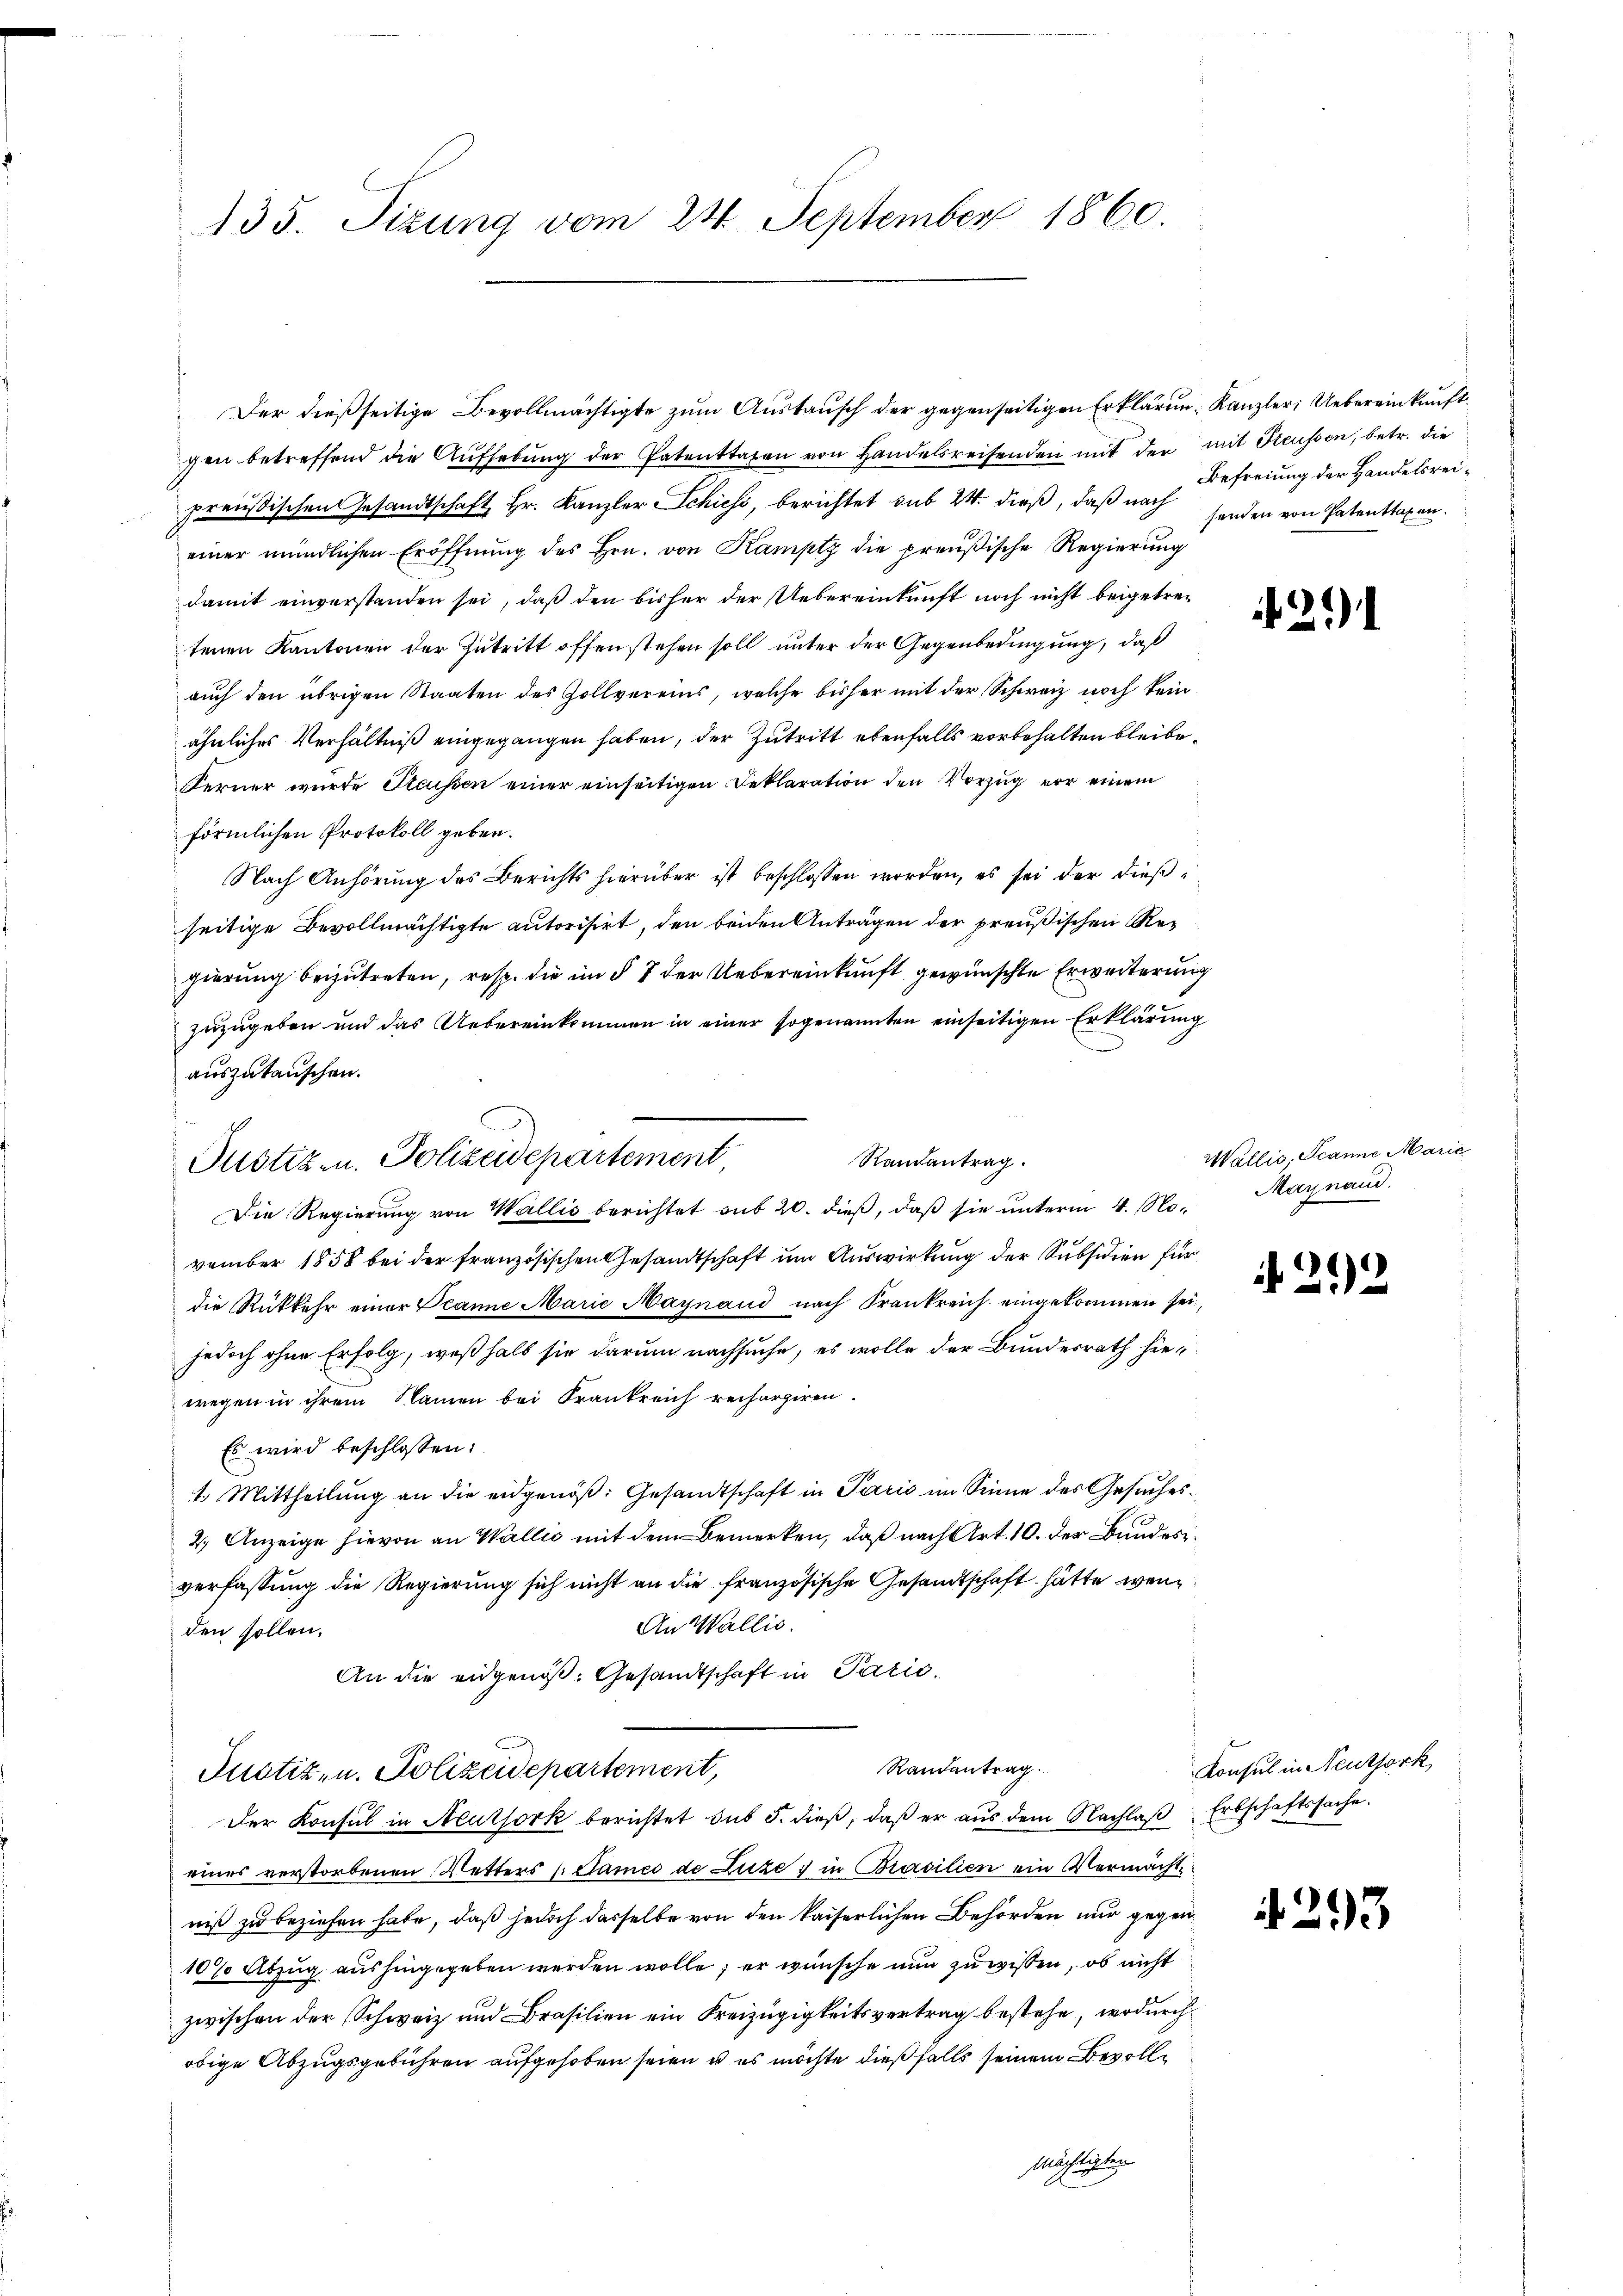
135. Sizung vom 24. September 1860.

gen betreffend die Aŭfhebŭng der Patenttagen von Handelsreisenden mit der mit Freussen, betr. die
preußischen Gesandtschaft Hr. Kanzler Schiess, berichtet sub 24. dieß, daß nach handen von Patentragen.
einer mündlichen Eröffnŭng des Hrn. von Kamptz die preußische Regierung
damit einverstanden sei, daß den bisher der Uebereinkunft noch nicht beigetretenen Kantonen der Zutritt offen stehen soll unter der Gegenbedingung, daß
auch den übrigen Staaten des Gollvereins, welche bisher mit der Schweiz noch kein
ähnliches Verhältniß eingegangen haben, der Zutritt ebenfalls vorbehalten bleibe.
Ferner wurde Steussen einer einseitigen Deklaration den Vorzug vor einem
förmlichen Protokoll geben.
Nach Anhörung des Berichts hierüber ist beschlossen worden, es sei der dießseitige Bevollmächtigte autorisirt, den beiden Anträgen der preußischen Regierung beizutreten, resp. die im § 7 der Uebereinkunft gewünschte Erweiterun
zuzugeben und das Uebereinkommen in einer sogenannten einseitigen Erklärung
auszutauschen.
Die Regierung von Wallis berichtet sub 20. dieß, daß sie unterm 4. November 1858 bei der französischen Gesandtschaft um Auswirkung der Subsidien für
die Rückkehr einer Oranne Marie Maynaud nach Frankreich eingekommen sei,
jedoch ohne Erfolg, weßhalb sie darum nachsuche, es wolle der Bundesrath hiewegen in ihrem Namen bei Frankreich rechargiren.
Es wird beschlossen:
1. Mittheilung an die eidgenöß: Gesandtschaft in Paris im Sinne des Gesuches¬
2.) Anzeige hievon an Wallis mit dem Bemerken, daß nach Art. 10. der Bundes
verfassung die Regierung sich nicht an die französische Gesandtschaft hätte, wen¬
An Wallis.
den sollen.
An die eidgenöß: Gesandtschaft in Parić,
Randantrag.
Justiz- u. Polizeidepartement,
Der Konsul in Neuthork berichtet sub 5. dieß, daß er aus dem Nachlaß
eines verstorbenen Wetters (Stammes de Luze; in Brasilien ein Vermächtniß zu beziehen habe, daß jedoch dasselbe von den kaiserlichen Behörden nur gegen
10% Abzug aushingegeben werden wolle; er wünsche nun zu wissen, ob nicht
zwischen der Schweiz und Brasilien ein Kreizügigkeitsvertrag bestehe, wodurch
obige Abzugsgebühren aufgehoben seien u es möchte dießfalls seinem Bevolle
Mächtigten

Der dießseitige Bevollmächtigte zum Austausch der gegenseitigen Erklärun-Kanzler Uebereinkunft¬

d
Randantrag.
Justizen. Polizeidepartement,

Befreiung der Handelsrei¬

21)

Wallis. Jeanne Marie
Maynand.

2.)

.

Konsul in Neuthork
Erbschaftssache.

293